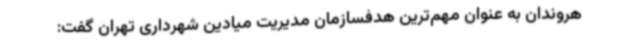
هروندان به عنوان مهم‌ترین هدفسازمان مدیریت میادین شهرداری تهران گفت: